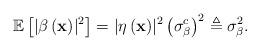
LaTeX: \begin{align*}\mathbb{E}\left[\lvert \beta\left(\textbf{x}\right) \rvert^2\right]=\lvert\eta\left(\textbf{x}\right)\rvert^2\left(\sigma_{\beta}^c\right)^2 \triangleq \sigma_{\beta}^2.\end{align*}